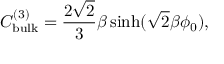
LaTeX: C _ { \mathrm { b u l k } } ^ { ( 3 ) } = \frac { 2 \sqrt { 2 } } { 3 } \beta \sinh ( \sqrt { 2 } \beta \phi _ { 0 } ) ,